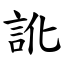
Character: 訛